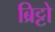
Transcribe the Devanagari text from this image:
ब्रिट्टो